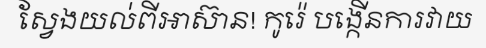
ស្វែងយល់ពីអាស៊ាន! កូរ៉េ បង្កើនការវាយ